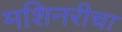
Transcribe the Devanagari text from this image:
मशिनरीचा